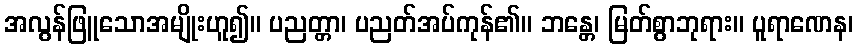
အလွန်ဖြူသောအမျိုးဟူ၍။ ပညတ္တာ၊ ပညတ်အပ်ကုန်၏။ ဘန္တေ၊ မြတ်စွာဘုရား။ ပူရာဏေန၊